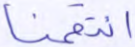
انتقمنا